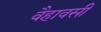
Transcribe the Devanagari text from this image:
वैहावसी